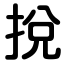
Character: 挩